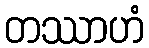
တဿာဟံ